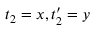
t _ { 2 } = x , t _ { 2 } ^ { \prime } = y